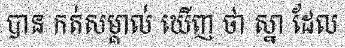
បាន កត់សម្គាល់ ឃើញ ថា ស្នា ដែល